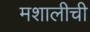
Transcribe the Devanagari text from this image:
मशालीची